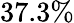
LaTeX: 37.3\%